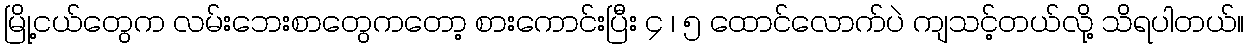
မြို့ငယ်တွေက လမ်းဘေးစာတွေကတော့ စားကောင်းပြီး ၄ ၊ ၅ ထောင်လောက်ပဲ ကျသင့်တယ်လို့ သိရပါတယ်။